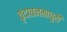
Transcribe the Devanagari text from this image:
वृंदावनमाधुरी